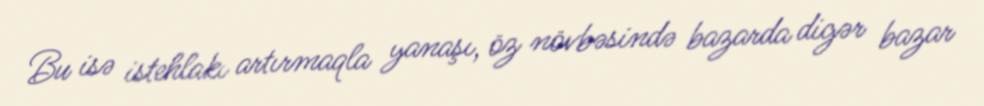
Bu isə istehlakı artırmaqla yanaşı, öz növbəsində bazarda digər bazar